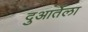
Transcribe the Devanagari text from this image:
दुआर्तेला